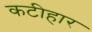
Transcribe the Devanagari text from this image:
कटीहार